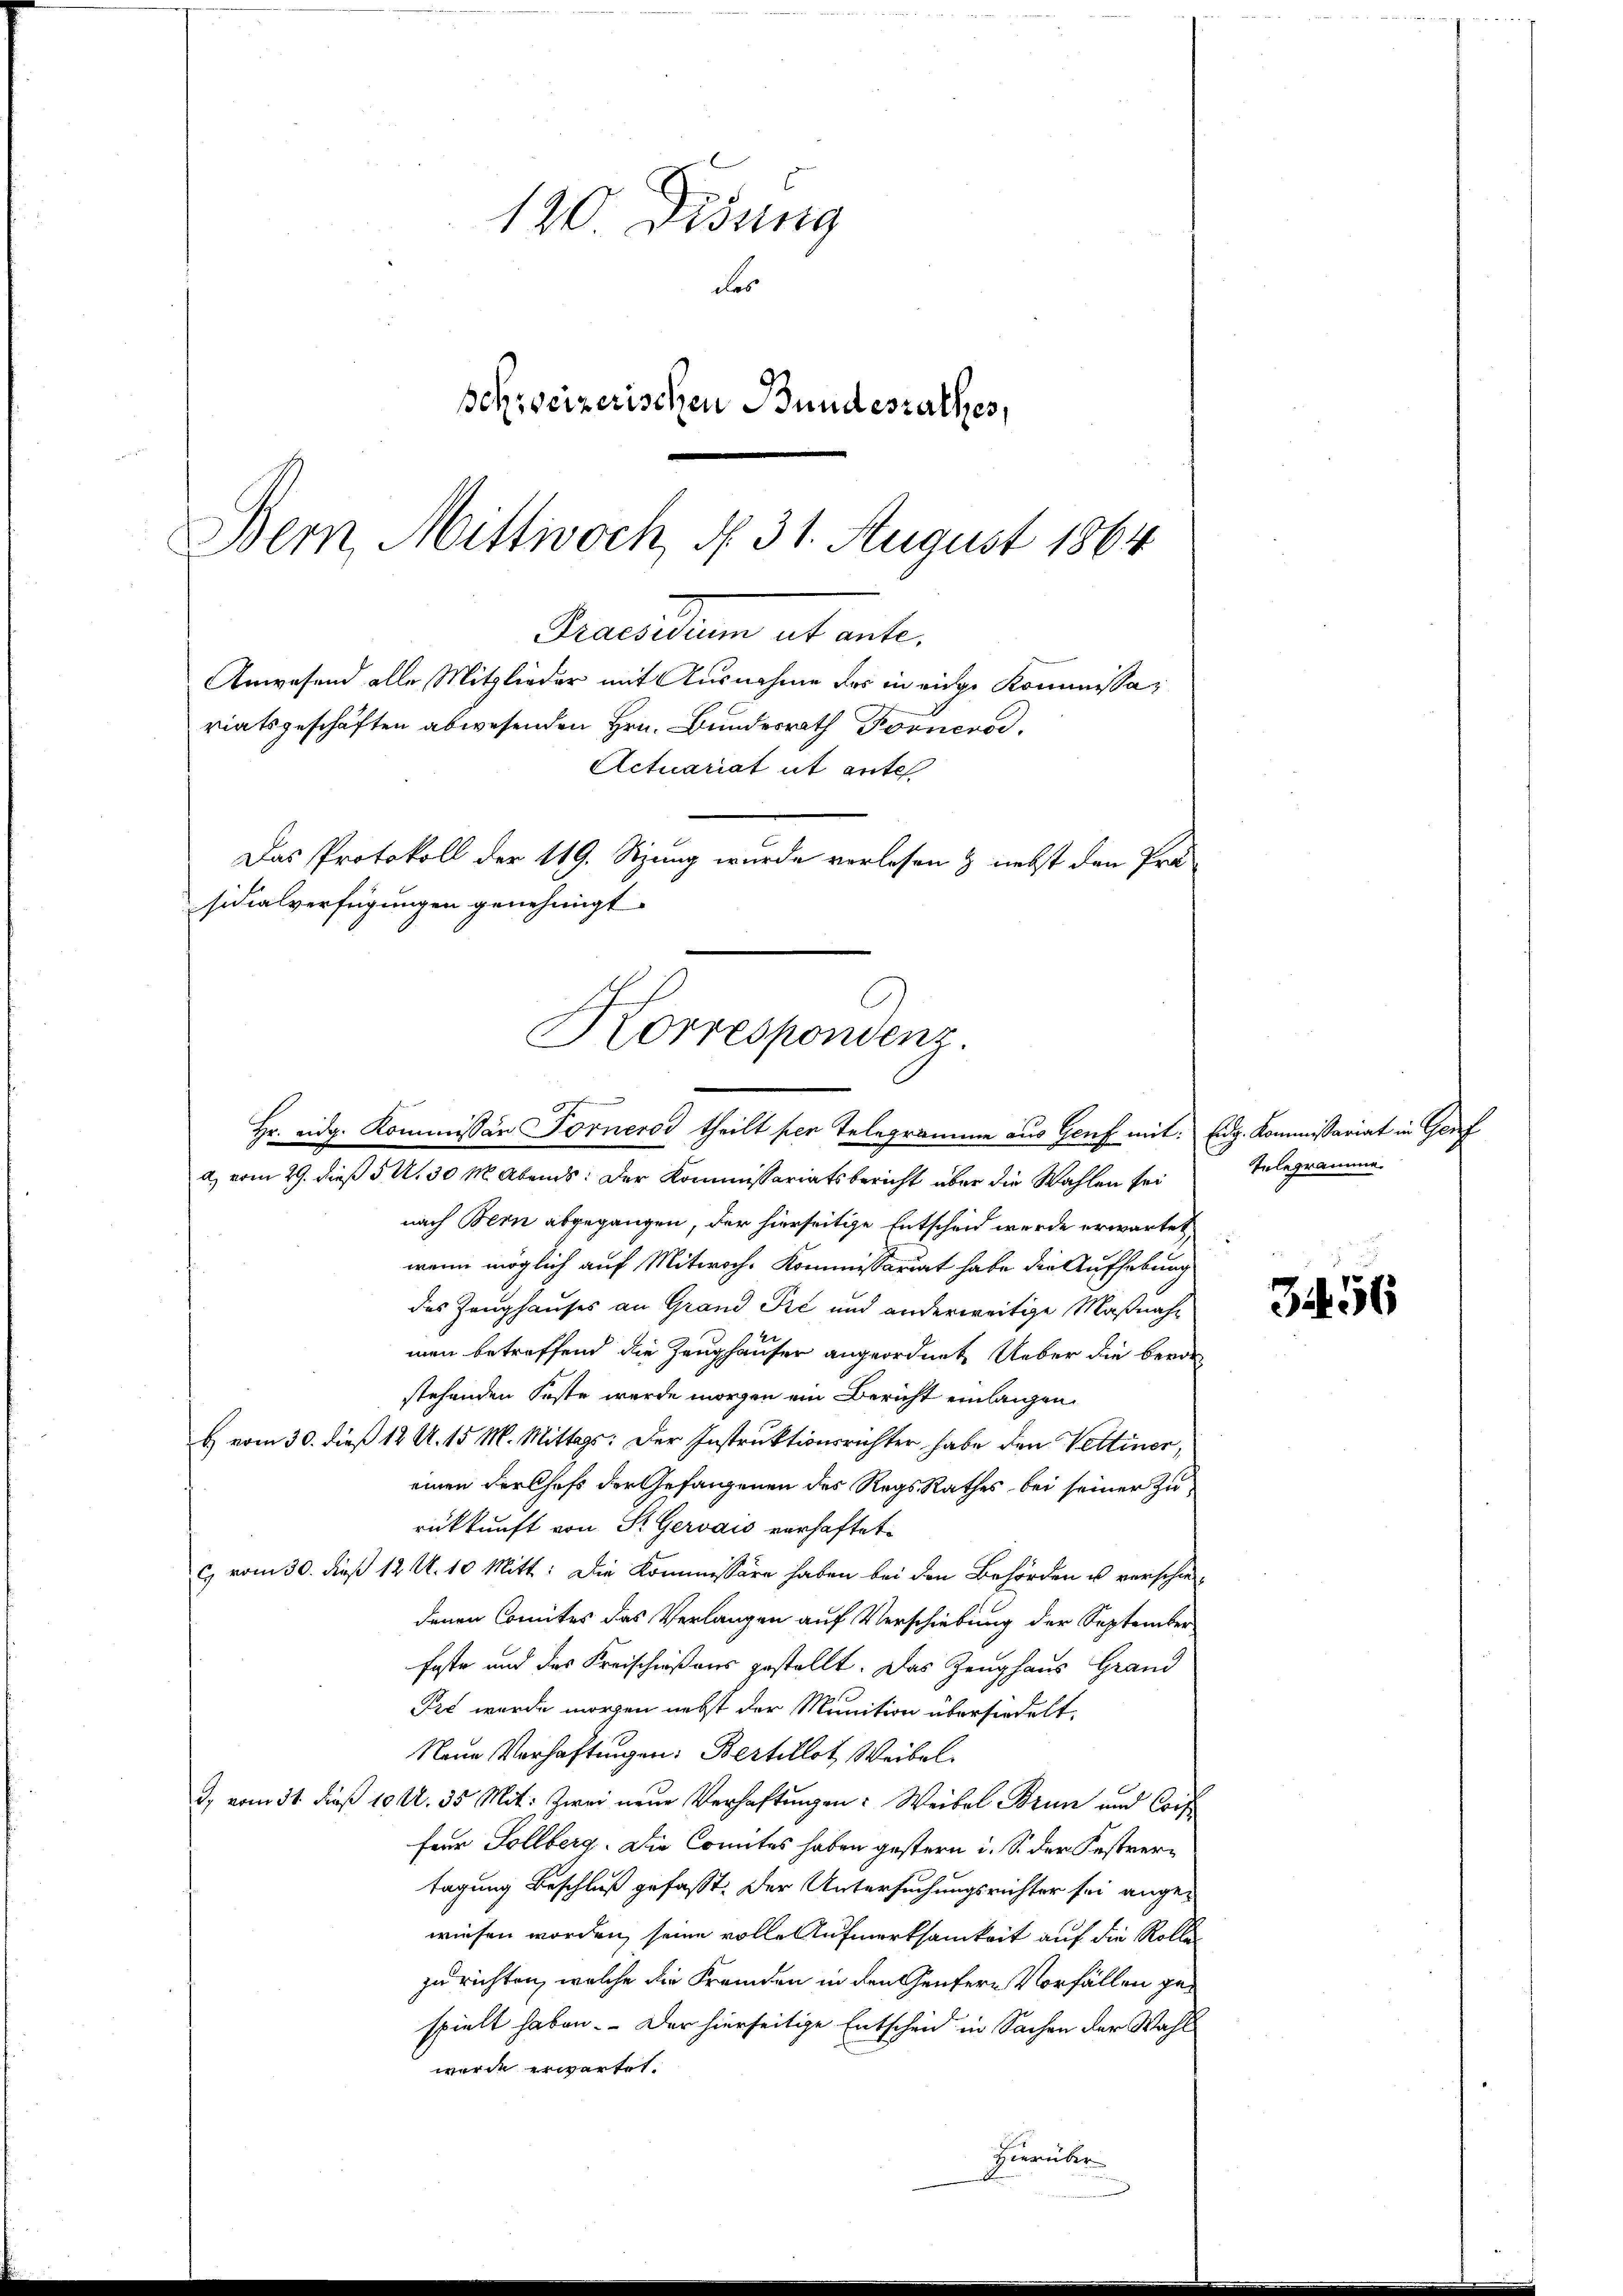
120 Didung
des
schweizerischen Bundesrathes,
Bern, Mittwoch, N. 31. August 1864

Brandum et enten
Das Protokoll der 119. Sitzung wurde verlesen & nebst den Prä-
sidialverfügungen genehmigt.
Korrespondenz.

.

riatsgeschäften abwesenden Hrn. Bundesrath Fornerod,
Actuariat it ante

Anwesend alle Mitglieder mit Ausnahme des in eige Kommissa¬

Hr. eidg. Kommissär Fornerod theilt per Telegramme aus Genf mit: Eidg. Kommissariat in Genf
a) vom 29. dieß 5. U. 30 M. Abends: Der Kommissariatsbericht über die Wahlen seinach Bern abgegangen, der hierseitige Entscheid werde erwartet
wenn möglich auf Mitwoch. Kommissariat habe die Aufhebung
das Zeughauses an Grand Pré und anderweitige Maßnahmen betreffend die Zeughauser angeordnet. Ueber die bevor
stehenden Feste werde morgen ein Bericht einlangen.
b) vom 30. dieß 12 A. 15 M. Mittags: Der Instruktionsrichter habe den Vettiner,
einen der Chefs der Gefangenen des RegsRathes bei seiner Zurückkunft von St. Gervais verhaftet.
c) vom 30. dieß 12 U. 10 Mitt: Die Kommissäre haben bei den Behörden u verschiedenen Comites das Verlangen auf Verschiebung der September
foste und das Kreischnißens gestellt. Das Zeughaus Grand
Pre wurde morgen nebst der Munition übersiedelt,
Neue Verhaftungen: Bertillst Weibel.
2, vom 31 Fuß 194. 35 Mit: Zwei neue Verhaftungen: Weibel Brun und Coif
Für Sollberg. Die Comites haben gestern i. S. der Festvertagung Beschluß gefaßt. Der Untersuchungsrichter sei angewiesen worden, seine volle Aufmerksamkeit auf die Rollen
zu richten, welche die Fremden in den Genfern Vorfällen gespielt haben. - Der hierseitige Entscheid in Sachen der Wahl
wurde erwartet.
Hierüber

Telegramme.

3456